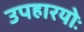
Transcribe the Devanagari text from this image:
उपहारयोः